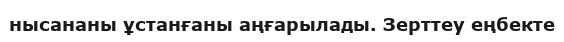
нысананы ұстанғаны аңғарылады. Зерттеу еңбекте